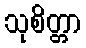
သုစိတ္တာ